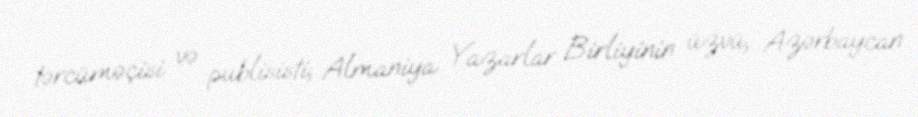
tərcüməçisi və publisisti; Almaniya Yazarlar Birliyinin üzvü, Azərbaycan